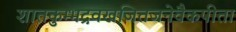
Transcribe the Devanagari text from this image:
शातकुम्भद्रवखजितजनेवैकपीता